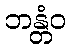
ဘန္တံဝ